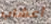
أعشاب